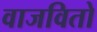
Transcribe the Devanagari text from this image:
वाजवितो